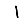
Digit: 1